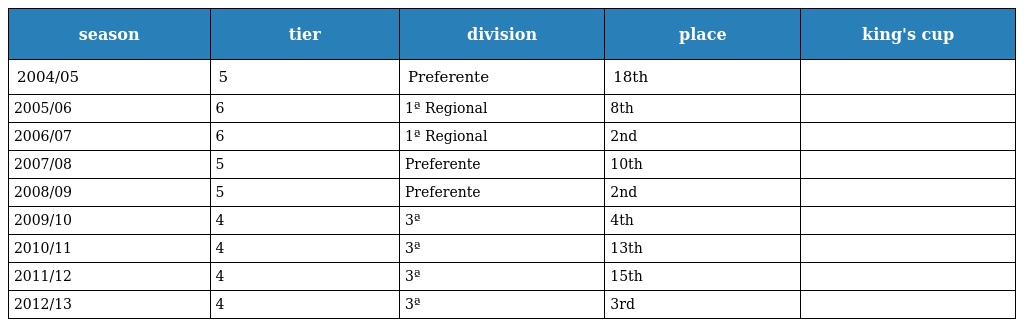
| season | tier | division | place | king's cup |
 | --- | --- | --- | --- | --- |
 | 2004/05 | 5 | Preferente | 18th |  |
 | 2005/06 | 6 | 1ª Regional | 8th |  |
 | 2006/07 | 6 | 1ª Regional | 2nd |  |
 | 2007/08 | 5 | Preferente | 10th |  |
 | 2008/09 | 5 | Preferente | 2nd |  |
 | 2009/10 | 4 | 3ª | 4th |  |
 | 2010/11 | 4 | 3ª | 13th |  |
 | 2011/12 | 4 | 3ª | 15th |  |
 | 2012/13 | 4 | 3ª | 3rd |  |